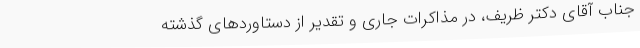
جناب آقای دکتر ظریف، در مذاکرات جاری و تقدیر از دستاوردهای گذشتهٔ